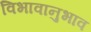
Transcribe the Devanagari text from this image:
विभावानुभाव